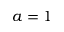
a = 1